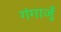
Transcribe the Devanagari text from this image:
गंगाजूँ